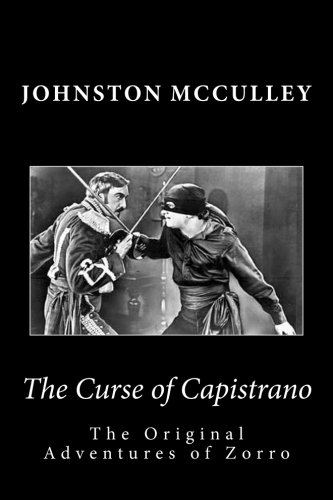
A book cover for The Curse of Capistrano  The Original Adventures of Zorro (Summit Classic Collector Editions); Johnston McCulley; Literature & Fiction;